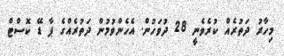
މިހާރު ދަތުރެއް ކުރެވެނީ 28 ދުވަހުން. އެހެންވުމުން ދަތުރެއްގެ ޕާ ޑޭ ކޮސްޓް